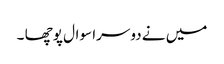
میں نے دوسرا سوال پوچھا ۔